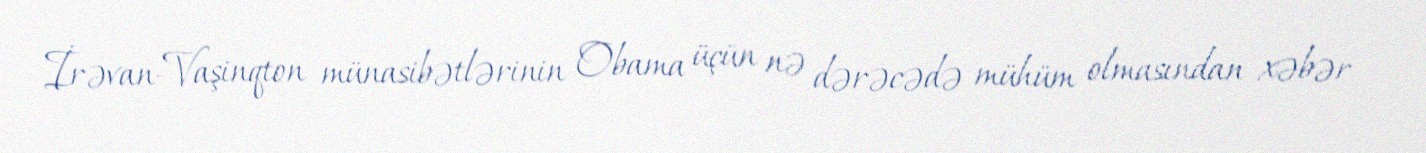
İrəvan-Vaşinqton münasibətlərinin Obama üçün nə dərəcədə mühüm olmasından xəbər